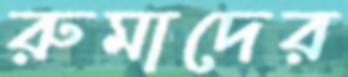
রুমাদের